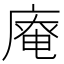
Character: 𢊊